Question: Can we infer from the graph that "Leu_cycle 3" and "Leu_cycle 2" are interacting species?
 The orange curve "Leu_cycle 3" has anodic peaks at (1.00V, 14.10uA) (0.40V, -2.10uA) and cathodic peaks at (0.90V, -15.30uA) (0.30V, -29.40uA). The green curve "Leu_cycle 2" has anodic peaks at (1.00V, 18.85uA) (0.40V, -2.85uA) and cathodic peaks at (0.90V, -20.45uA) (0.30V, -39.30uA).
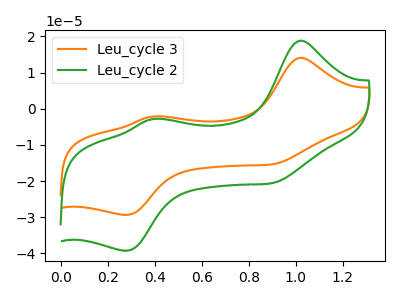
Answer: <think>All the peaks in "Leu_cycle 3" have a peak in "Leu_cycle 2" at the same potential.
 </think>
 <answer>No, "Leu_cycle 3" and "Leu_cycle 2" don't appear to be significantly different in shape</answer>
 <eval>no_change</eval>